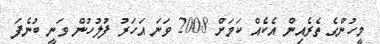
މީހުންގެ ތެރެއިން އެކެއް ކަމަށް 2008 ވަނަ އަހަރު ފުލުހުން ވަނީ ބުނެފަ